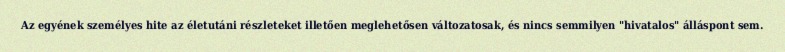
Az egyének személyes hite az életutáni részleteket illetően meglehetősen változatosak, és nincs semmilyen "hivatalos" álláspont sem.